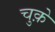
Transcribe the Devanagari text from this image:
चुक़े